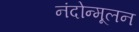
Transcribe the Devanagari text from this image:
नंदोन्मूलन